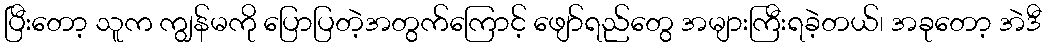
ပြီးတော့ သူက ကျွန်မကို ပြောပြတဲ့အတွက်ကြောင့် ဖျော်ရည်တွေ အများကြီးရခဲ့တယ်၊ အခုတော့ အဲဒီ